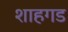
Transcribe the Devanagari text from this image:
शाहगड